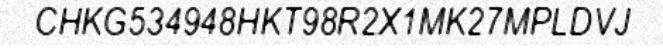
CHKG534948HKT98R2X1MK27MPLDVJ